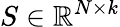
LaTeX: S\in\mathbb{R}^{N\times k}